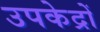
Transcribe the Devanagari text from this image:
उपकेद्रों